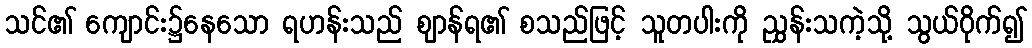
သင်၏ ကျောင်း၌နေသော ရဟန်းသည် ဈာန်ရ၏ စသည်ဖြင့် သူတပါးကို ညွှန်းသကဲ့သို့ သွယ်ဝိုက်၍